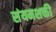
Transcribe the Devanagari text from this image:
संयमशक्ती